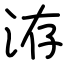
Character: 洊